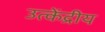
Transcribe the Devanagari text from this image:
उत्केंद्रीय